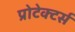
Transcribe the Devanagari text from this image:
प्रोटेक्टर्स